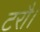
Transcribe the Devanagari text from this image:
टरौ।